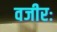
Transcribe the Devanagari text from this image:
वजीरः